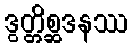
ဒွတ္တိစ္ဆဒနဿ